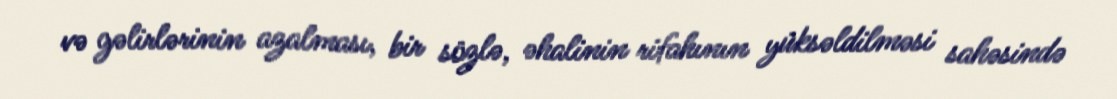
və gəlirlərinin azalması, bir sözlə, əhalinin rifahının yüksəldilməsi sahəsində